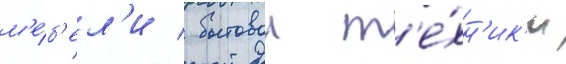
м'е́б'ел'и / бытовои т'е́хн'ик'и